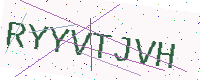
Text: RYYVTJVH